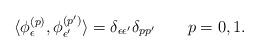
LaTeX: \begin{align*}\langle \phi^{(p)}_{\epsilon}, \phi_{\epsilon'}^{(p')}\rangle =\delta_{\epsilon \epsilon'}\delta_{p p'} \qquad p=0,1.\end{align*}